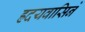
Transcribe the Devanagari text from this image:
ह्रदयवासिने